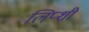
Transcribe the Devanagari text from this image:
लिप्शी